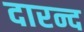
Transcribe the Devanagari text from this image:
दारन्द